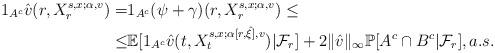
LaTeX: \begin{align*} 1_{A^c} \hat{v}(r, X^{s,x; \alpha,v}_r)=&1_{A^c} (\psi+\gamma)(r, X^{s,x; \alpha,v}_r) \leq\\\leq &\mathbb{E}[1_{A^c} \hat{v} (t, X^{s,x; \alpha[r,\hat{\xi}],v}_t)|\mathcal{F}_r]+2\|\hat{v}\|_{\infty}\mathbb{P}[A^c\cap B^c|\mathcal{F}_r], a.s. \end{align*}